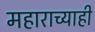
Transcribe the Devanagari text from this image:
महाराच्याही